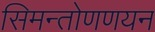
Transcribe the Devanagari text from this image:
सिमन्तोणणयन